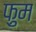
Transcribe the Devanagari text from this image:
फ़ुम